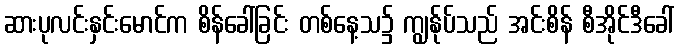
ဆားပုလင်းနှင်းမောင်က စိန်ခေါ်ခြင်း တစ်နေ့သ၌ ကျွန်ုပ်သည် အင်းစိန် စီအိုင်ဒီခေါ်